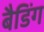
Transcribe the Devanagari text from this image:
बैडिंग